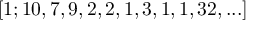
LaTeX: [ 1 ; 1 0 , 7 , 9 , 2 , 2 , 1 , 3 , 1 , 1 , 3 2 , . . . ]